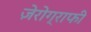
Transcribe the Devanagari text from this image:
ज़ेरोग्राफी